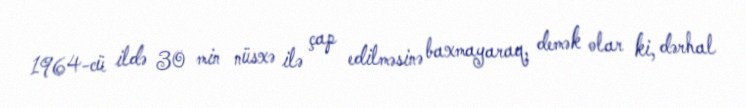
1964-cü ildə 30 min nüsxə ilə çap edilməsinə baxmayaraq, demək olar ki, dərhal